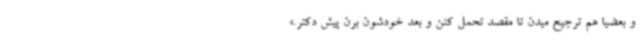
و بعضیا هم ترجیح میدن تا مقصد تحمل کنن و بعد خودشون برن پیش دکتر.»